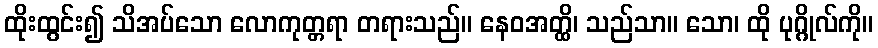
ထိုးထွင်း၍ သိအပ်သော လောကုတ္တရာ တရားသည်။ နေဝအတ္ထိ၊ သည်သာ။ သော၊ ထို ပုဂ္ဂိုလ်ကို။